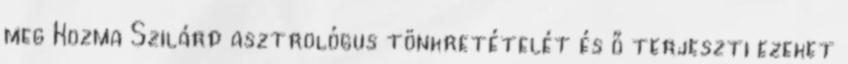
meg Kozma Szilárd asztrológus tönkretételét és ő terjeszti ezeket